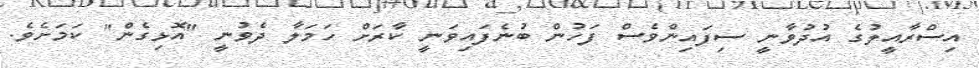
އިސްރާއީލުގެ އުދުވާނީ ސިފައިންވެސް ފަހުން ބުނެފައިވަނީ ކާރަށް ހަމަލާ ދެވުނީ "އޮޅިގެން" ކަމަށެވެ.